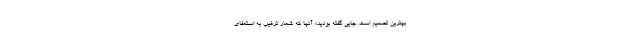
بهترین تصمیم است. جایی گفته بودید:« آنها که شعار ترغیب به استعفای